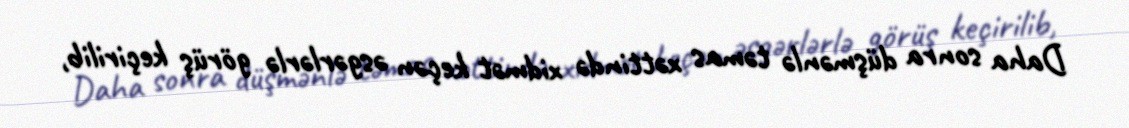
Daha sonra düşmənlə təmas xəttində xidmət keçən əsgərlərlə görüş keçirilib,